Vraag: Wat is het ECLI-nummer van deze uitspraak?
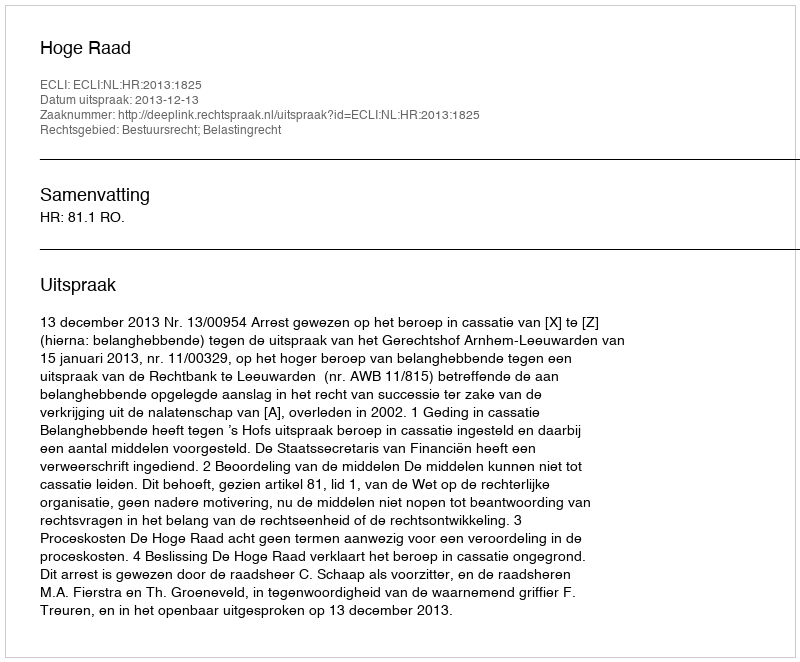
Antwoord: ECLI:NL:HR:2013:1825